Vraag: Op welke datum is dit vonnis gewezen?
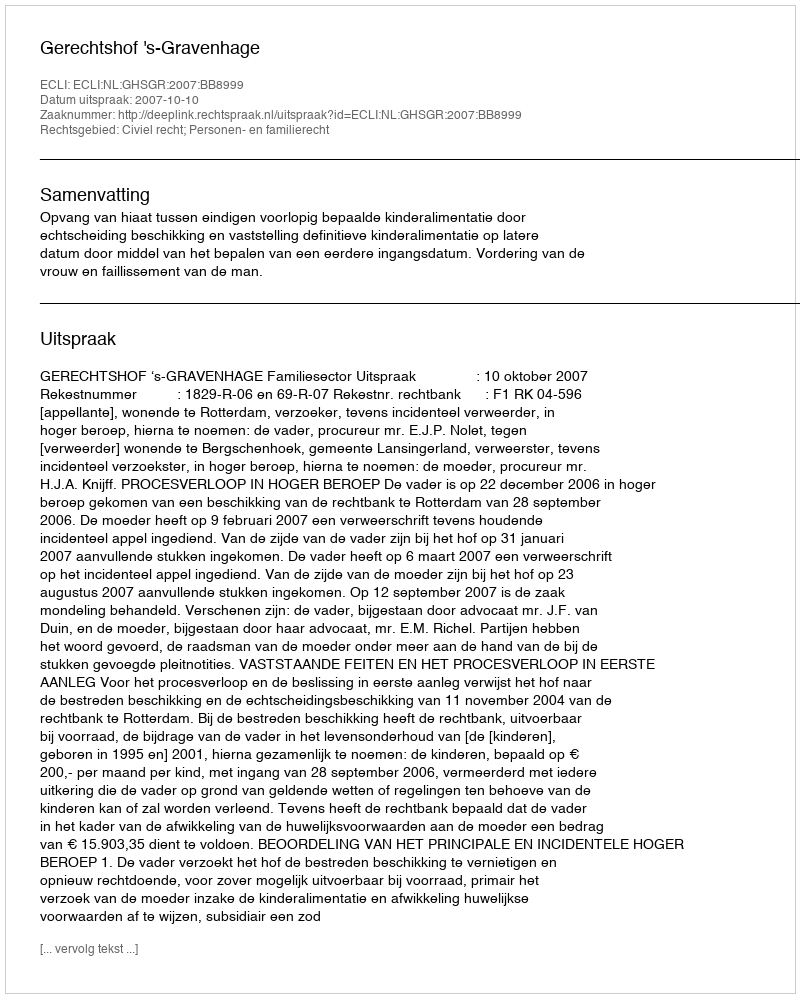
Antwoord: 2007-10-10